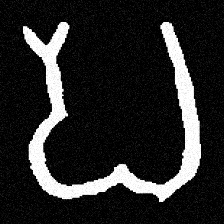
Pyu character \u2014 Myanmar letter: ပ (romanized: pa)